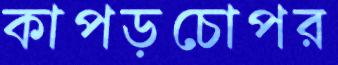
কাপড়চোপর